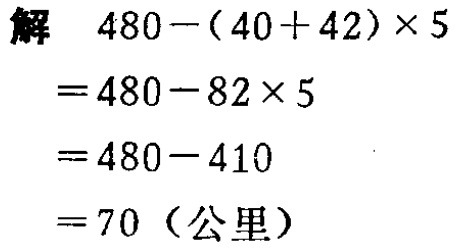
\[

\begin{align*}

&解\quad480-(40 + 42)\times5\\

=&480 - 82\times5\\

=&480 - 410\\

=&70（公里）

\end{align*}

\]